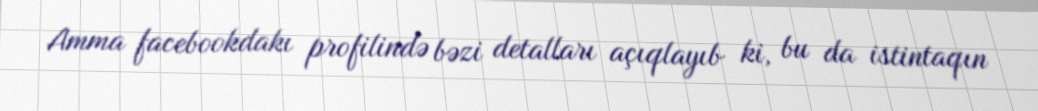
Amma facebookdakı profilində bəzi detalları açıqlayıb ki, bu da istintaqın